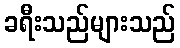
ခရီးသည်များသည်